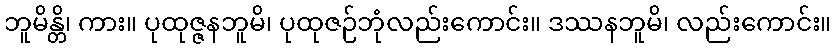
ဘူမိန္တိ၊ ကား။ ပုထုဇ္ဇနဘူမိ၊ ပုထုဇဉ်ဘုံလည်းကောင်း။ ဒဿနဘူမိ၊ လည်းကောင်း။